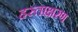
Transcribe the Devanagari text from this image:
हस्ताक्षरण